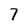
Character: 7